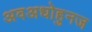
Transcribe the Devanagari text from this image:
अवअधोहुनज